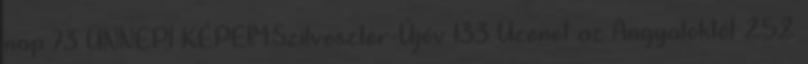
nap 73 ÜNNEPI KÉPEIM:Szilveszter-Újév 133 Üzenet az Angyaloktól 252